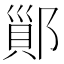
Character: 𨝉